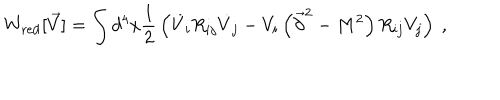
W _ { \mathrm { r e d } } [ \vec { V } ] = \int d ^ { 4 } x { \frac { 1 } { 2 } } \left( \dot { V } _ { i } R _ { i j } \dot { V } _ { j } - V _ { i } \left( \vec { \partial } ^ { 2 } - M ^ { 2 } \right) R _ { i j } V _ { j } \right) ~ ,